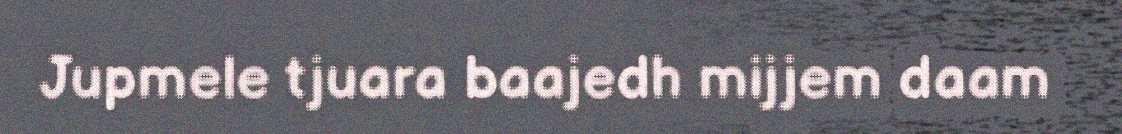
Jupmele tjuara baajedh mijjem daam